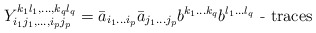
\begin{align*}Y_{i_1 j_1, \ldots , i_p j_p}^{k_1 l_1, \ldots ,k_q l_q}=\bar{a}_{i_1 \ldots i_p} \bar{a}_{j_1 \ldots j_p} b^{k_1 \ldots k_q}b^{l_1 \ldots l_q} \mbox{ - traces }\end{align*}